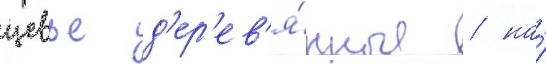
цевье д'ер'ев'я́нные / на́